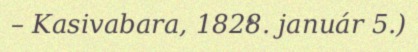
– Kasivabara, 1828. január 5.)